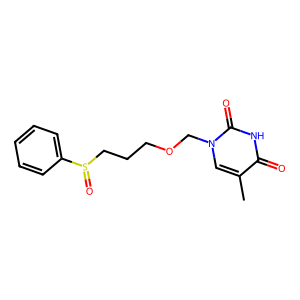
SMILES: Cc1cn(COCCCS(=O)c2ccccc2)c(=O)[nH]c1=O
Inhibits HIV replication: No